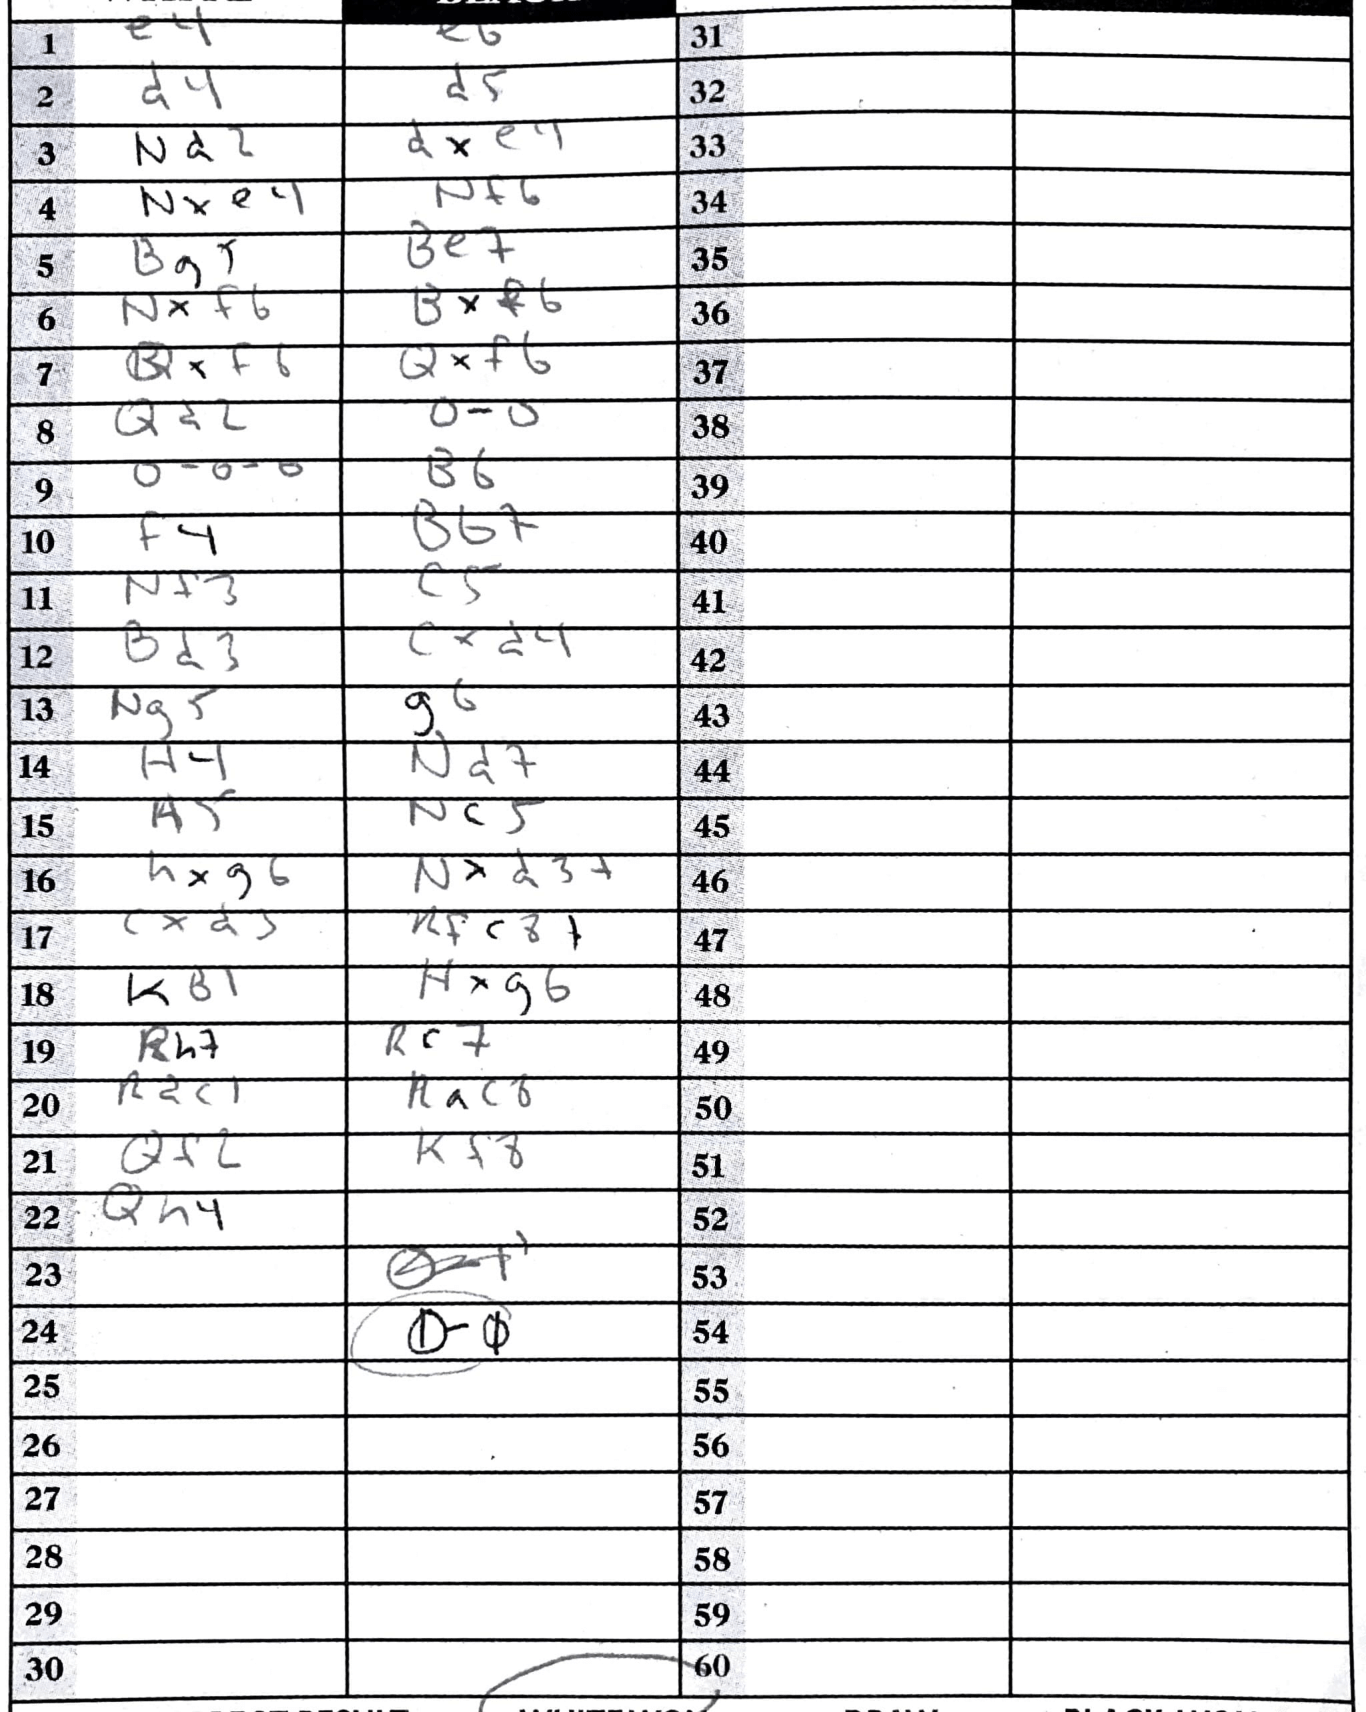
Moves: e4 e6 d4 d5 Nd2 dxe4 Nxe4 Nf6 Bg5 Be7 Nxf6 Bxf6 Qxf6 Qxf6 Qd2 O-O O-O-O B6 f4 Bb7 Nf3 c5 Bd3 cxd4 Ng5 g6 h4 Nd7 h5 Nc5 hxg6 Nxd3+ cxd5 Rfc8+ KB1 hxg6 Rh7 Rc7 Rdc1 Rac8 Qf6 Kf8 Qh4